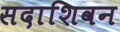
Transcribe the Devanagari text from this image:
सदाशिवन